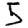
Digit: 5